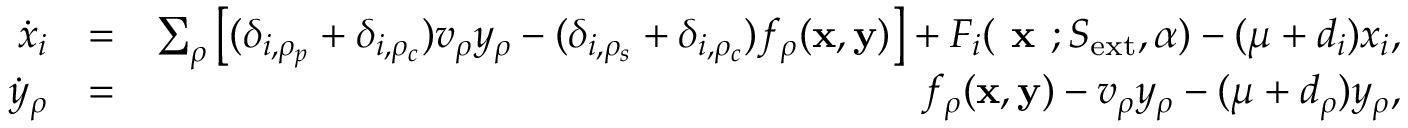
\begin{array} { r l r } { \dot { x } _ { i } } & { = } & { \sum _ { \rho } \left[ ( \delta _ { i , \rho _ { p } } + \delta _ { i , \rho _ { c } } ) v _ { \rho } y _ { \rho } - ( \delta _ { i , \rho _ { s } } + \delta _ { i , \rho _ { c } } ) f _ { \rho } ( { \bf x } , { \bf y } ) \right] + F _ { i } ( \textbf { x } ; S _ { \mathrm { e x t } } , \alpha ) - ( \mu + d _ { i } ) x _ { i } , } \\ { \dot { y } _ { \rho } } & { = } & { f _ { \rho } ( { \bf x } , { \bf y } ) - v _ { \rho } y _ { \rho } - ( \mu + d _ { \rho } ) y _ { \rho } , } \end{array}